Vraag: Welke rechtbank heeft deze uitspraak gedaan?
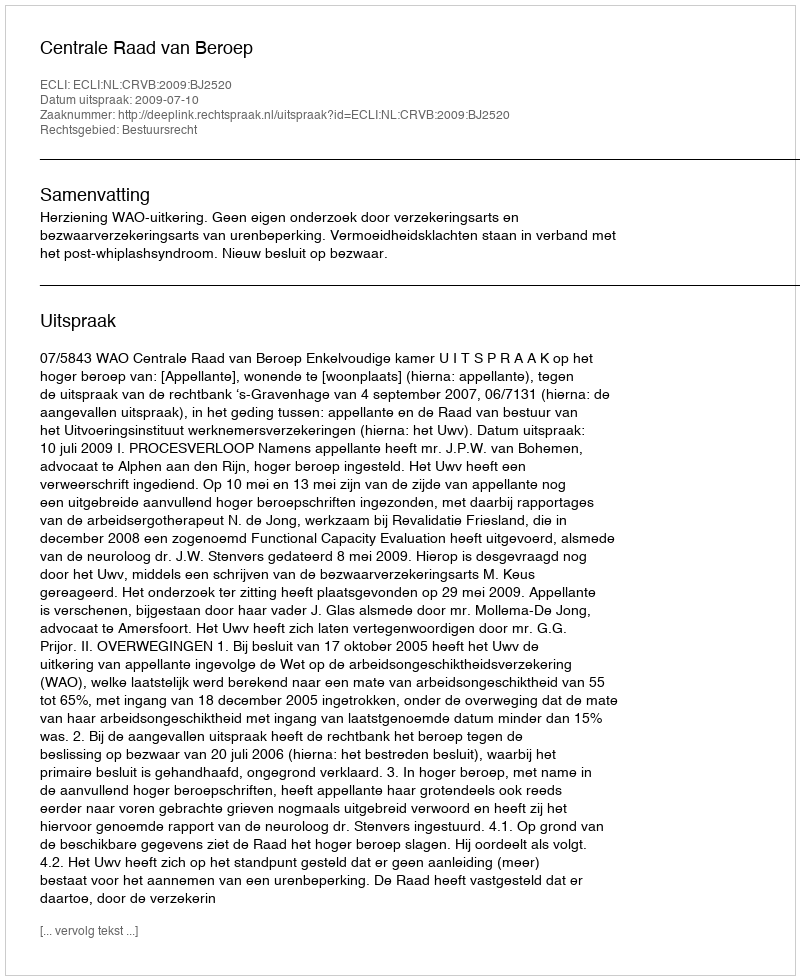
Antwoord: Centrale Raad van Beroep